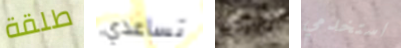
طلقة تساعدي خيانته استخدمي